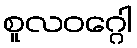
စူလဝဂ္ဂေါ